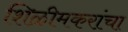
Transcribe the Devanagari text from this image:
शिळीमकरांचा